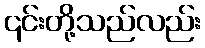
၎င်းတို့သည်လည်း